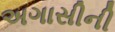
અગાસીની